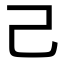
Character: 己